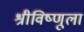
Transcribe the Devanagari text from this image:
श्रीविष्णूला